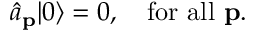
{ \hat { a } } _ { \mathbf { p } } | 0 \rangle = 0 , \quad { \mathrm { f o r ~ a l l ~ } } \mathbf { p } .